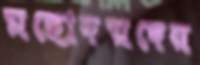
মহোদয়দের